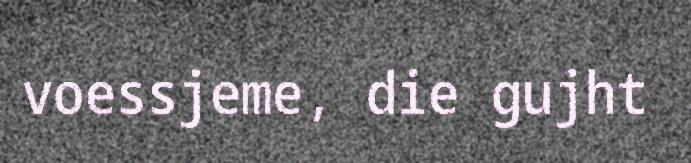
voessjeme, die gujht